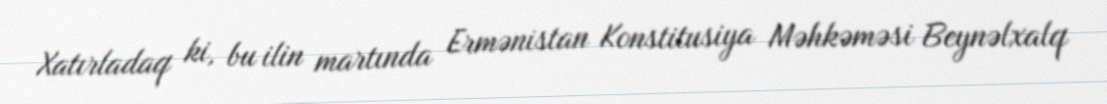
Xatırladaq ki, bu ilin martında Ermənistan Konstitusiya Məhkəməsi Beynəlxalq